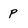
Character: p